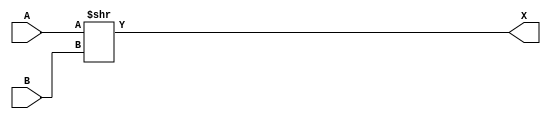
module SRA(X,A,B);

parameter size = 32;
input [size-1:0] A,B;
output [size-1:0] X;

assign X = {B*{A[size-1]}, A >> B};
endmodule